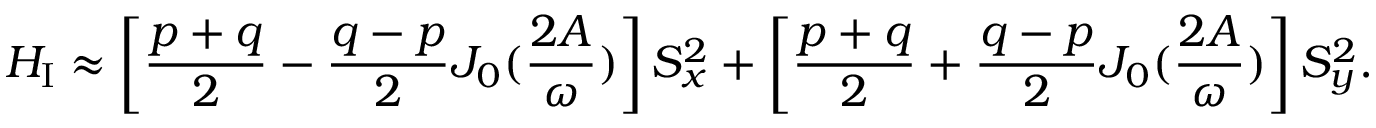
H _ { \mathrm { I } } \approx \left[ \frac { p + q } { 2 } - \frac { q - p } { 2 } J _ { 0 } ( \frac { 2 A } { \omega } ) \right] S _ { x } ^ { 2 } + \left[ \frac { p + q } { 2 } + \frac { q - p } { 2 } J _ { 0 } ( \frac { 2 A } { \omega } ) \right] S _ { y } ^ { 2 } .